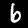
Label: 6